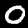
Digit: 0